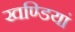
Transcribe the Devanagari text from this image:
खण्डियां